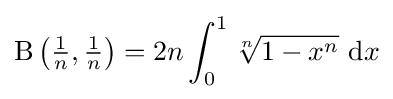
\mathrm {B} \left({\tfrac {1}{n}},{\tfrac {1}{n}}\right)=2n\int _{0}^{1}{\sqrt[{n}]{1-x^{n}}}\ \mathrm {d} x